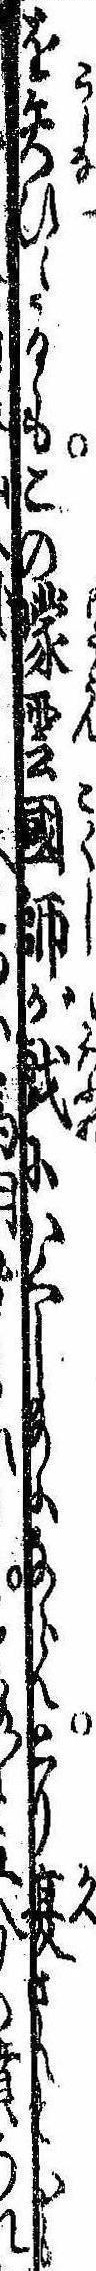
を失ひたるもこの曚雲国師が戯にかくし給ふならんとり復さんとも